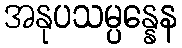
အနုပသမ္ပန္နေန